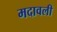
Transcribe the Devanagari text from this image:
मदावली